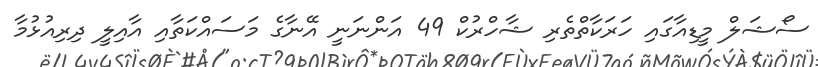
ސޯޝަލް މީޑިއާގައި ހަރަކާތްތެރި ޝާހްރުކް 49 އަންނަނީ އޭނާގެ މަސައްކަތާއި އާއިލީ ދިރިއުޅުމާ